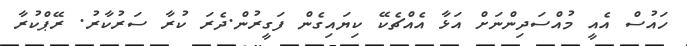
ހައުސް އެއީ މުއްސަދިންނަށް އަޅާ އެއްޗެކޭ ކިޔައިގެން ފަގީރުން.ދެރަ ކުރާ ސަރުކާރު. ރޭޕްކުރާ